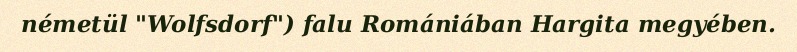
németül "Wolfsdorf") falu Romániában Hargita megyében.